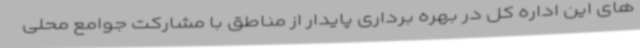
های این اداره کل در بهره برداری پایدار از مناطق با مشارکت جوامع محلی